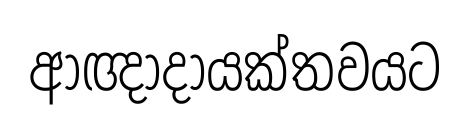
ආඥාදායක්තවයට